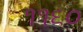
૧૧૬૦